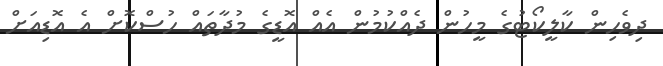
ދިވެހިން ކާލީކޯޓުގެ މީހުން ދެއްކުމުން އެއް އޮޑީގެ މުދާތައް ހުސްކޮށް އެ އޮޑިއަށް